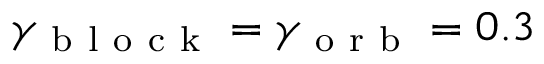
\gamma _ { \mathrm { ~ b ~ l ~ o ~ c ~ k ~ } } = \gamma _ { \mathrm { ~ o ~ r ~ b ~ } } = 0 . 3